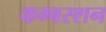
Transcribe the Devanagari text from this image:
कम्बस्शन